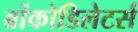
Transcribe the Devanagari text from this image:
ब्रोंकोडिलेटर्स